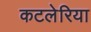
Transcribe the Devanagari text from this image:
कटलेरिया